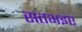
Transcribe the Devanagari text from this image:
सतभइए